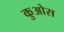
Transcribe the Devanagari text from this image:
कुओस